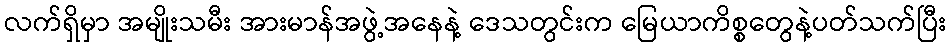
လက်ရှိမှာ အမျိုးသမီး အားမာန်အဖွဲ့အနေနဲ့ ဒေသတွင်းက မြေယာကိစ္စတွေနဲ့ပတ်သက်ပြီး